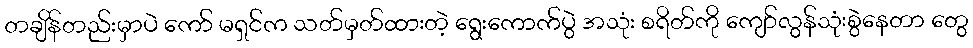
တချိန်တည်းမှာပဲ ကော် မရှင်က သတ်မှတ်ထားတဲ့ ရွေးကောက်ပွဲ အသုံး စရိတ်ကို ကျော်လွန်သုံးစွဲနေတာ တွေ